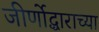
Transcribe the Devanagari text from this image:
जीर्णोद्धाराच्या